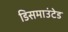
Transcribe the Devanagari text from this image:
डिसमाउंटेड